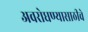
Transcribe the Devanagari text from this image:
अवरोधण्यासाठीचे